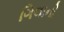
ગિલાની